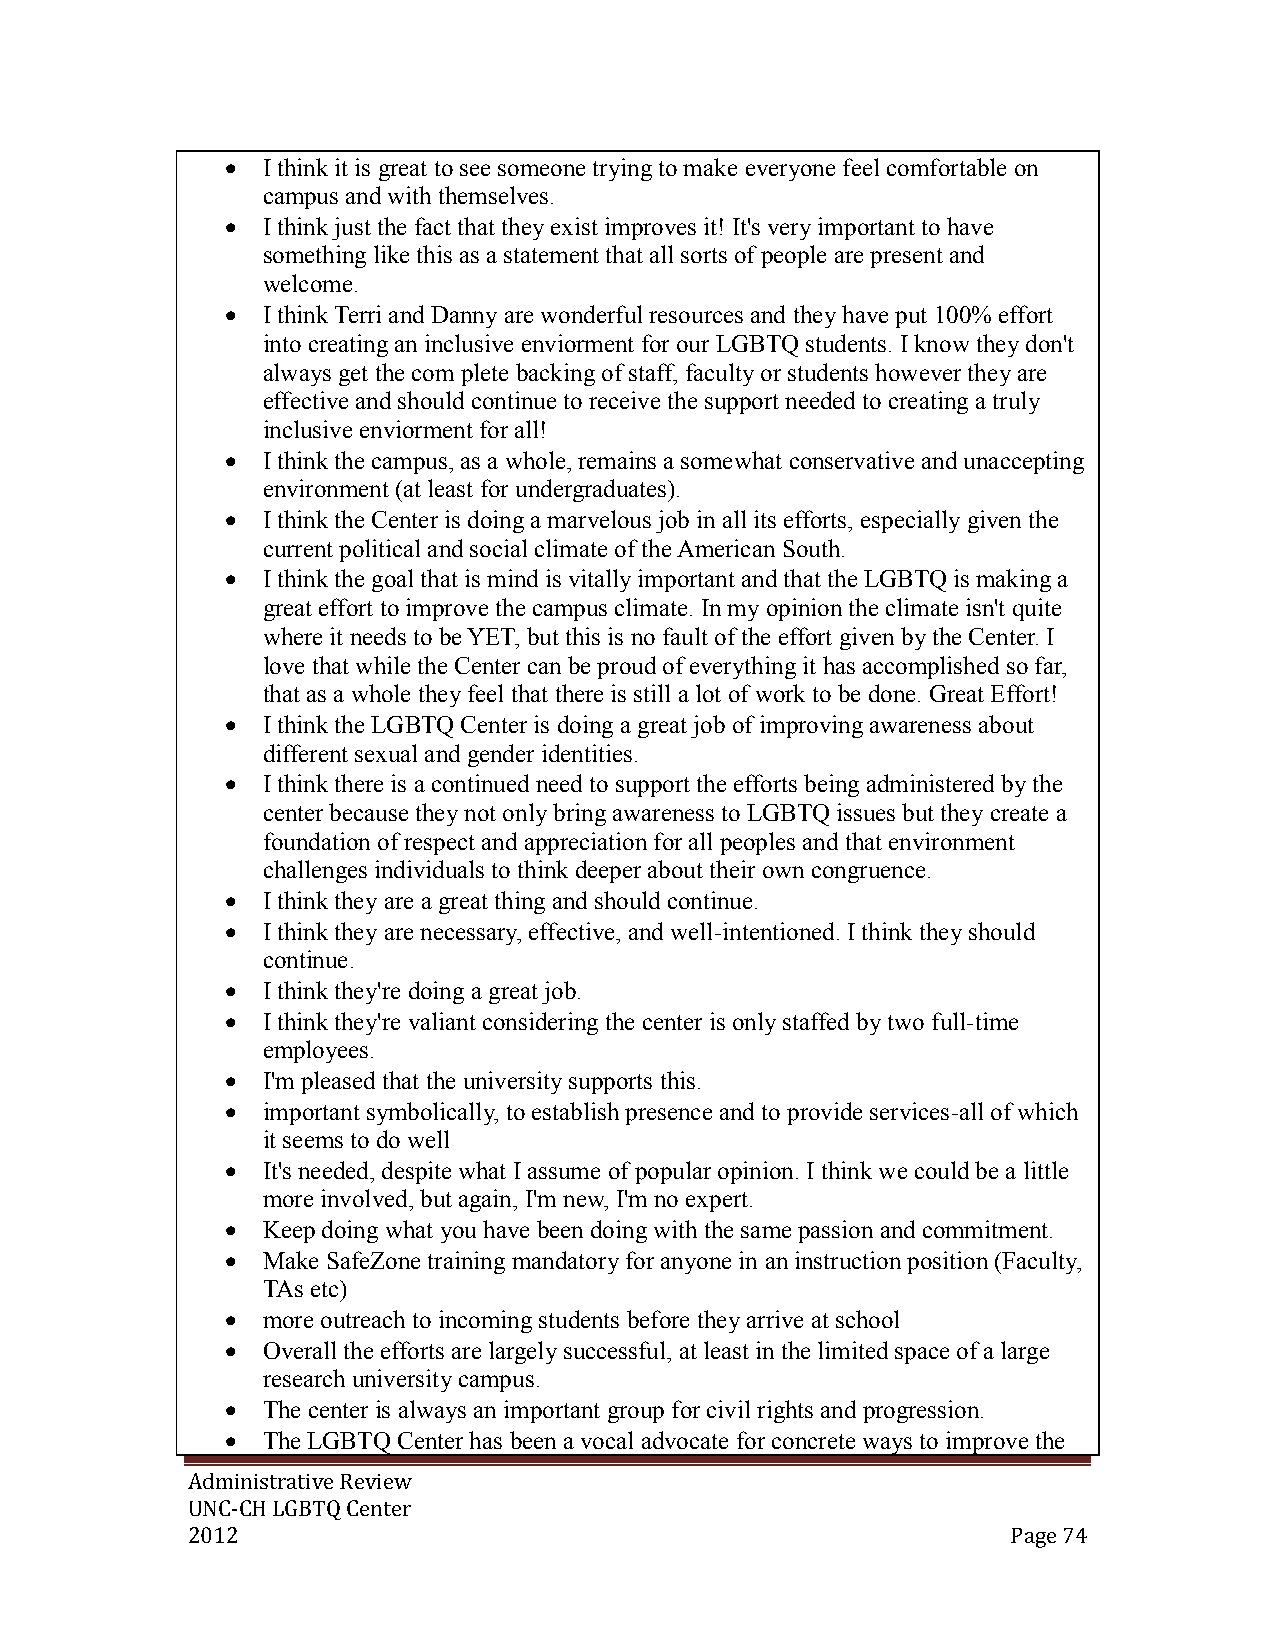
 I think it is great to see someone trying to make everyone feel comfortable on
 campus and with themselves.
  I think just the fact that they exist improves it! It's very important to have
 something like this as a statement that all sorts of people are present and
 welcome.
  I think Terri and Danny are wonderful resources and they have put 100% effort
 into creating an inclusive enviorment for our LGBTQ students. I know they don't
 always get the com plete backing of staff, faculty or students however they are
 effective and should continue to receive the support needed to creating a truly
 inclusive enviorment for all!
  I think the campus, as a whole, remains a somewhat conservative and unaccepting
 environment (at least for undergraduates).
  I think the Center is doing a marvelous job in all its efforts, especially given the
 current political and social climate of the American South.
  I think the goal that is mind is vitally important and that the LGBTQ is making a
 great effort to improve the campus climate. In my opinion the climate isn't quite
 where it needs to be YET, but this is no fault of the effort given by the Center. I
 love that while the Center can be proud of everything it has accomplished so far,
 that as a whole they feel that there is still a lot of work to be done. Great Effort!
  I think the LGBTQ Center is doing a great job of improving awareness about
 different sexual and gender identities.
  I think there is a continued need to support the efforts being administered by the
 center because they not only bring awareness to LGBTQ issues but they create a
 foundation of respect and appreciation for all peoples and that environment
 challenges individuals to think deeper about their own congruence.
  I think they are a great thing and should continue.
  I think they are necessary, effective, and well-intentioned. I think they should
 continue.
  I think they're doing a great job.
  I think they're valiant considering the center is only staffed by two full-time
 employees.
  I'm pleased that the university supports this.
  important symbolically, to establish presence and to provide services-all of which
 it seems to do well
  It's needed, despite what I assume of popular opinion. I think we could be a little
 more involved, but again, I'm new, I'm no expert.
  Keep doing what you have been doing with the same passion and commitment.
  Make SafeZone training mandatory for anyone in an instruction position (Faculty,
 TAs etc)
  more outreach to incoming students before they arrive at school
  Overall the efforts are largely successful, at least in the limited space of a large
 research university campus.
  The center is always an important group for civil rights and progression.
  The LGBTQ Center has been a vocal advocate for concrete ways to improve the
 Administrative Review
 UNC-CH LGBTQ Center
 2012                                                   Page 74